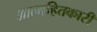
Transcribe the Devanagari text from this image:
आत्महितकारी